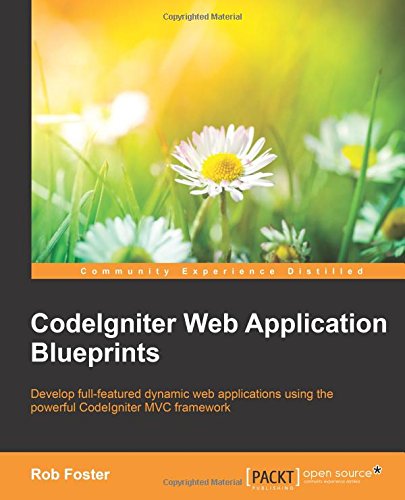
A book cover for CodeIgniter Web Application Blueprints; Rob Foster; Computers & Technology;